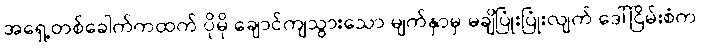
အရှေ့တစ်ခေါက်ကထက် ပိုမို ချောင်ကျသွားသော မျက်နှာမှ မချိပြုံးပြုံးလျက် ဒေါ်ငြိမ်းစံက